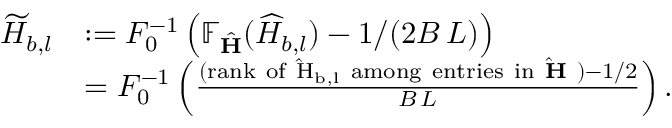
\begin{array} { r l } { \widetilde { H } _ { b , l } } & { : = F _ { 0 } ^ { - 1 } \left( \mathbb { F } _ { \hat { \mathbf { H } } } ( \widehat { H } _ { b , l } ) - 1 / ( 2 B \, L ) \right) } \\ & { = F _ { 0 } ^ { - 1 } \left( \frac { ( \mathrm { r a n k ~ o f ~ \hat { H } _ { b , l } ~ a m o n g ~ e n t r i e s ~ i n ~ \hat { \mathbf { H } } ~ } ) - 1 / 2 } { B \, L } \right) . } \end{array}